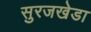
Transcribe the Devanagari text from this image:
सुरजखेडा